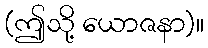
(ဤသို့ ယောဇနာ)။